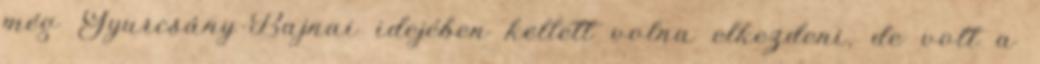
még Gyurcsány-Bajnai idejében kellett volna elkezdeni, de volt a